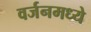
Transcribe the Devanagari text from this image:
वर्जनमध्ये